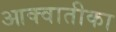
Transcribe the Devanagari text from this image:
आक्वातीका